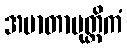
အမာတာပုတ္တိကံ